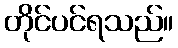
တိုင်ပင်ရသည်။